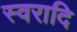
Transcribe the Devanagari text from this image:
स्वरादि